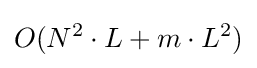
O(N^{2}\cdot L+m\cdot L^{2})